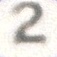
2